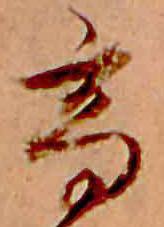
高